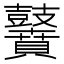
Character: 𪔵